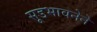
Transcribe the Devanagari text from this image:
सूडभावनेने